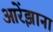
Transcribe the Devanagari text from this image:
आरेंझाना